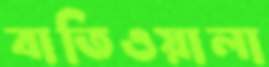
বাতিওয়ালা